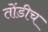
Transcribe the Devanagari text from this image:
तोंडीच